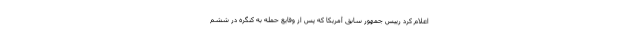
اعلام کرد رییس جمهور سابق آمریکا که پس از وقایع حمله به کنگره در ششم